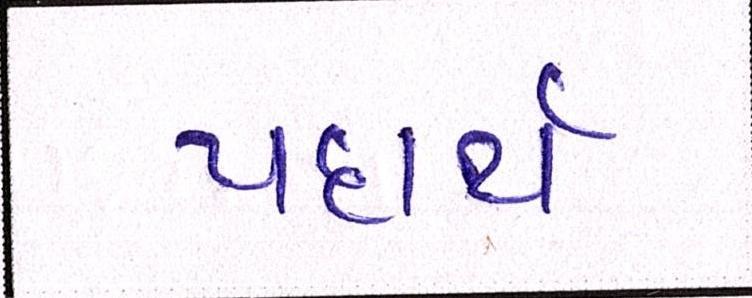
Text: પદાર્થ